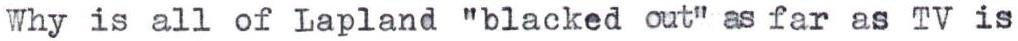
Why is all of Lapland "blacked out" as far as TV is